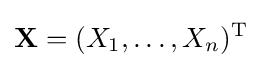
\mathbf {X} =(X_{1},\ldots ,X_{n})^{\mathrm {T} }